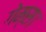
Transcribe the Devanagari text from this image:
गेम्स।